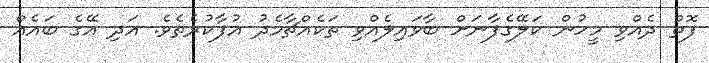
ފޮތް ދެއްވި މީހުން ކަލޭގެފާނަށް ބާވައިލެއްވި ތަކެއްޗާމެދު އުފާކުރެތެވެ. އަދި އޭގެ ބައެއް